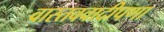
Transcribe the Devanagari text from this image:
वास्तववादीपणा